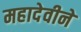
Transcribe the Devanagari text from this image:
महादेवीने